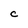
Character: C